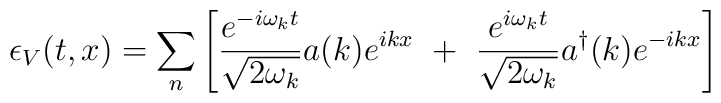
\epsilon_V(t,x)= \sum_n\left[ \frac{e^{-i\omega_kt}}{\sqrt{2\omega_k}}a(k)e^{ikx}~+~\frac{e^{i\omega_kt}}{\sqrt{2\omega_k}}a^{\dagger}(k)e^{-ikx}\right]